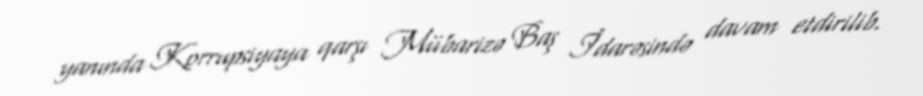
yanında Korrupsiyaya qarşı Mübarizə Baş İdarəsində davam etdirilib.